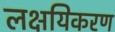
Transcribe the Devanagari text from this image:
लक्षयिकरण